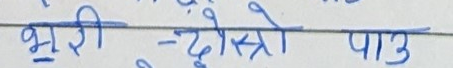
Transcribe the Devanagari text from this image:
भारी -दोस्रो पाउ